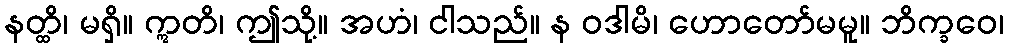
နတ္ထိ၊ မရှိ။ ဣတိ၊ ဤသို့။ အဟံ၊ ငါသည်။ န ဝဒါမိ၊ ဟောတော်မမူ။ ဘိက္ခဝေ၊